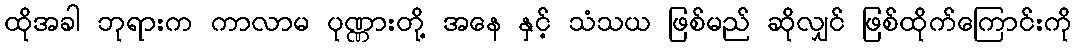
ထိုအခါ ဘုရားက ကာလာမ ပုဏ္ဏားတို့ အနေ နှင့် သံသယ ဖြစ်မည် ဆိုလျှင် ဖြစ်ထိုက်ကြောင်းကို